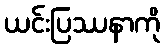
ယင်းပြဿနာကို